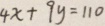
4 x + 9 y = 1 1 0